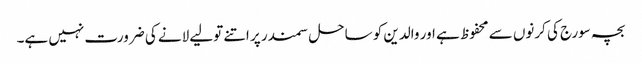
بچہ سورج کی کرنوں سے محفوظ ہے اور والدین کو ساحل سمندر پر اتنے تولیے لانے کی ضرورت نہیں ہے۔